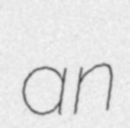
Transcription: an